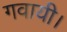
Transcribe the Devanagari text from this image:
गवायी।